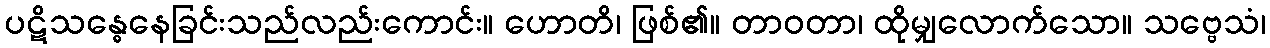
ပဋိသန္ဓေနေခြင်းသည်လည်းကောင်း။ ဟောတိ၊ ဖြစ်၏။ တာဝတာ၊ ထိုမျှလောက်သော။ သဗ္ဗေသံ၊